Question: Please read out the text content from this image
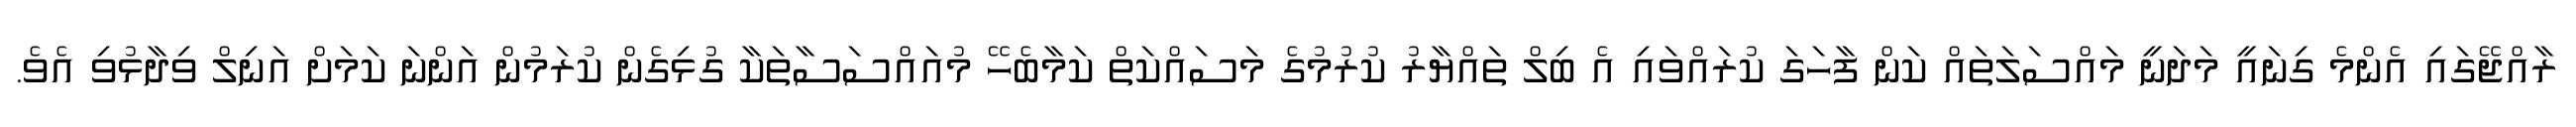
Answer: ރާއްޖޭގައި އެންމެ ގިނައީ މަދަނީ މައްސަލަތައް ކަން ފާހަގަ ކުރައްވައި އެ ބިލް ތައްޔާރު ކުރުމުގެ މަސައްކަތް ކަމާބެހޭ މުއައްސަސާތަކާ ގުޅިގެން ކުރަމުން އަންނަ ކަމަށް އަނިލް ވިދާޅުވި އެވެ.